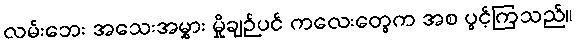
လမ်းဘေး အသေးအမွှား မှိုချဉ်ပင် ကလေးတွေက အစ ပွင့်ကြသည်။